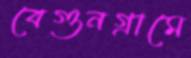
বেগুনগ্রামে